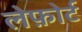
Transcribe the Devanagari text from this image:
लेफ़ोर्ट